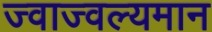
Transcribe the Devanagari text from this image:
ज्वाज्वल्यमान